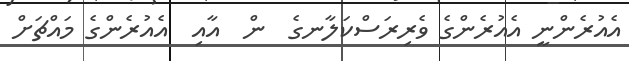
އެއުރެންނީ އެއުރެންގެ ވެރިރަސްކަލާނގެ  ން  އާއި  އެއުރެންގެ މައްޗަށް